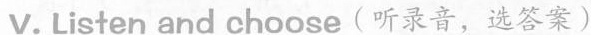
v. Listen and choose (听录音,选答案)